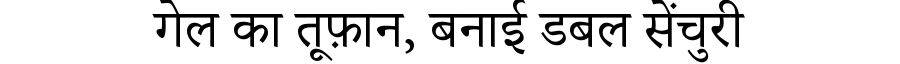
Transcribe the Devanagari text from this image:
गेल का तूफ़ान, बनाई डबल सेंचुरी